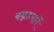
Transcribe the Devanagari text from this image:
कन्नडमार्गे